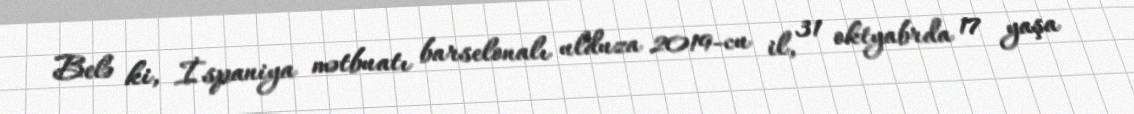
Belə ki, İspaniya mətbuatı barselonalı ulduza 2019-cu il, 31 oktyabrda 17 yaşa